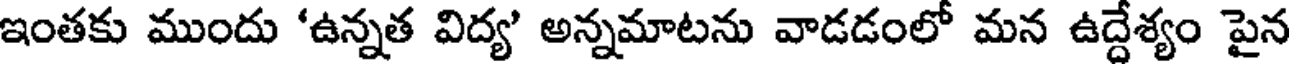
ఇంతకు ముందు 'ఉన్నత విద్య' అన్నమాటను వాడడంలో మన ఉద్దేశ్యం పైన